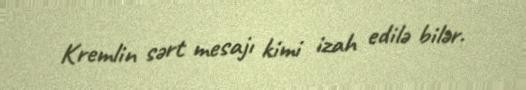
Kremlin sərt mesajı kimi izah edilə bilər.